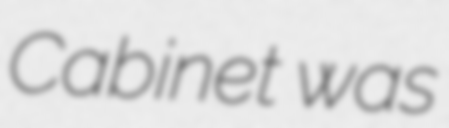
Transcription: Cabinet was